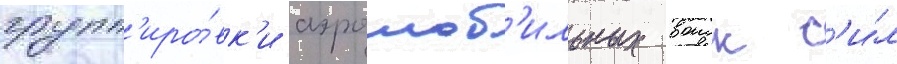
групп'иро́вк'и аэромоб'ильных воиск с'и́л